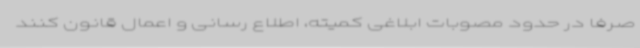
صرفاً در حدود مصوبات ابلاغی کمیته، اطلاع رسانی و اعمال قانون کنند